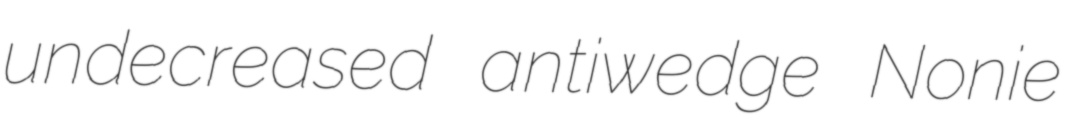
undecreased antiwedge Nonie